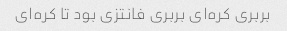
بربری کره‌ای بربری فانتزی بود تا کره‌ای